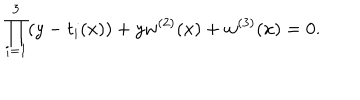
LaTeX: \prod _ { i = 1 } ^ { 3 } ( y - t _ { i } ( x ) ) + y w ^ { ( 2 ) } ( x ) + w ^ { ( 3 ) } ( x ) = 0 .